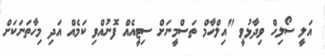
އަލީ ސޯލިހް ވިދާޅުވީ "އިލްހާމް ތަސްމީނަށް ސިޓީއެއް ފޮނުއްވި ކަމެއް އަދި މިހާތަނަކަށް